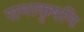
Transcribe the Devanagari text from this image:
समाकृषनि